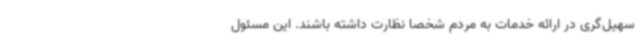
سهیل‌گری در ارائه خدمات به مردم شخصا نظارت داشته باشند. این مسئول